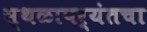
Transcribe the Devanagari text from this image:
स्थळापर्यंतचा